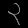
Digit: ၃